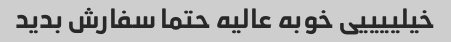
خیلییییی خوبه عالیه حتما سفارش بدید